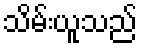
သိမ်းယူသည်